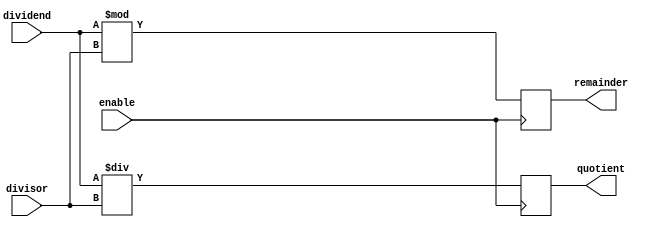
module Divider (
    input wire [7:0] dividend,
    input wire [7:0] divisor,
    input wire enable,
    output reg [7:0] quotient,
    output reg [7:0] remainder
);

always @(posedge enable) begin
    // Perform division operation
    quotient <= dividend / divisor;
    remainder <= dividend % divisor;
end

endmodule